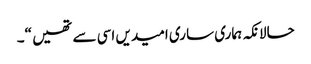
حالانکہ ہماری ساری امیدیں اسی سے تھیں “۔